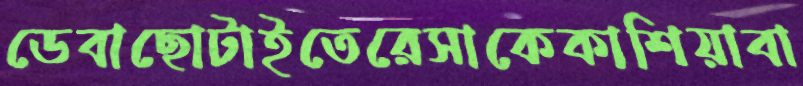
ডেবাছোটাইতেরেসাকেকাশিয়াবা